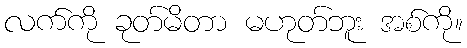
လက်ကို ခုတ်မိတာ မဟုတ်ဘူး အစ်ကို။